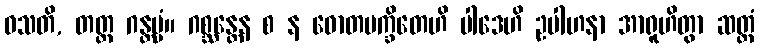
ဝသတိ, တတ္ထ ဂန္တဗ္ဗံ။ ဂစ္ဆန္တေန စ န ဓောတမက္ခိတေဟိ ပါဒေဟိ ဥပါဟနာ အာရူဟိတွာ ဆတ္တံ